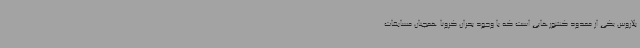
بلاروس یکی از معدود کشورهایی است که با وجود بحران کرونا همچنان مسابقات